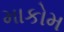
માકોમ